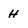
Character: H